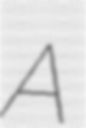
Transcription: A